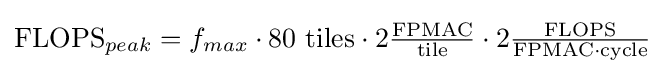
{\text{FLOPS}}_{peak}=f_{max}\cdot 80{\text{ tiles}}\cdot 2{\tfrac {\text{FPMAC}}{\text{tile}}}\cdot 2{\tfrac {\text{FLOPS}}{{\text{FPMAC}}\cdot {\text{cycle}}}}